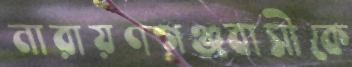
নারায়ণগঞ্জবাসীকে